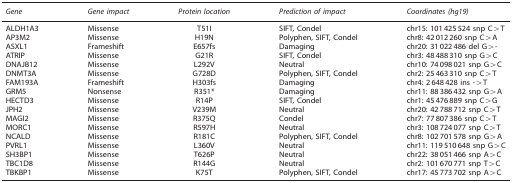
<table><thead><tr><td><b><i>Gene</i></b></td><td><b><i>Gene impact</i></b></td><td><b><i>Protein location</i></b></td><td><b><i>Prediction of impact</i></b></td><td><b><i>Coordinates (hg19)</i></b></td></tr></thead><tbody><tr><td>ALDH1A3</td><td>Missense</td><td>T51I</td><td>SIFT, Condel</td><td>chr15: 101 425 524 snp C&gt;T</td></tr><tr><td>AP3M2</td><td>Missense</td><td>H19N</td><td>Polyphen, SIFT, Condel</td><td>chr8: 42 012 260 snp C&gt;A</td></tr><tr><td>ASXL1</td><td>Frameshift</td><td>E657fs</td><td>Damaging</td><td>chr20: 31 022 486 del G&gt;-</td></tr><tr><td>ATRIP</td><td>Missense</td><td>G21R</td><td>SIFT, Condel</td><td>chr3: 48 488 310 snp G&gt;C</td></tr><tr><td>DNAJB12</td><td>Missense</td><td>L292V</td><td>Neutral</td><td>chr10: 74 098 021 snp G&gt;C</td></tr><tr><td>DNMT3A</td><td>Missense</td><td>G728D</td><td>Polyphen, SIFT, Condel</td><td>chr2: 25 463 310 snp C&gt;T</td></tr><tr><td>FAM193A</td><td>Frameshift</td><td>H303fs</td><td>Damaging</td><td>chr4: 2 648 428 ins -&gt;T</td></tr><tr><td>GRM5</td><td>Nonsense</td><td>R351*</td><td>Damaging</td><td>chr11: 88 386 432 snp G&gt;A</td></tr><tr><td>HECTD3</td><td>Missense</td><td>R14P</td><td>SIFT, Condel</td><td>chr1: 45 476 889 snp C&gt;G</td></tr><tr><td>JPH2</td><td>Missense</td><td>V239M</td><td>Neutral</td><td>chr20: 42 788 712 snp C&gt;T</td></tr><tr><td>MAGI2</td><td>Missense</td><td>R375Q</td><td>Condel</td><td>chr7: 77 807 386 snp C&gt;T</td></tr><tr><td>MORC1</td><td>Missense</td><td>R597H</td><td>Neutral</td><td>chr3: 108 724 077 snp C&gt;T</td></tr><tr><td>NCALD</td><td>Missense</td><td>R181C</td><td>Polyphen, SIFT, Condel</td><td>chr8: 102 701 578 snp G&gt;A</td></tr><tr><td>PVRL1</td><td>Missense</td><td>L360V</td><td>Neutral</td><td>chr11: 119 510 648 snp G&gt;C</td></tr><tr><td>SH3BP1</td><td>Missense</td><td>T626P</td><td>Neutral</td><td>chr22: 38 051 466 snp A&gt;C</td></tr><tr><td>TBC1D8</td><td>Missense</td><td>R144G</td><td>Neutral</td><td>chr2: 101 670 771 snp T&gt;C</td></tr><tr><td>TBKBP1</td><td>Missense</td><td>K75T</td><td>Polyphen, SIFT, Condel</td><td>chr17: 45 773 702 snp A&gt;C</td></tr></tbody></table>